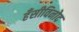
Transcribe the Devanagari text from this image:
हँसीविनोद